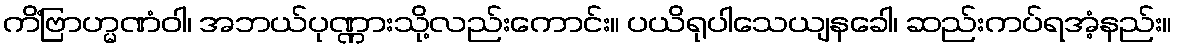
ကိံဗြာဟ္မဏံဝါ၊ အဘယ်ပုဏ္ဏားသို့လည်းကောင်း။ ပယိရုပါသေယျနခေါ၊ ဆည်းကပ်ရအံ့နည်း။